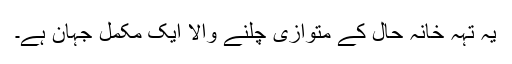
یہ تہہ خانہ حال کے متوازی چلنے والا ایک مکمل جہان ہے۔